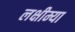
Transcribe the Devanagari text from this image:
लक्षीम्या